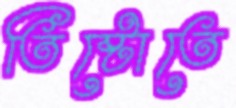
তিষ্টোতে